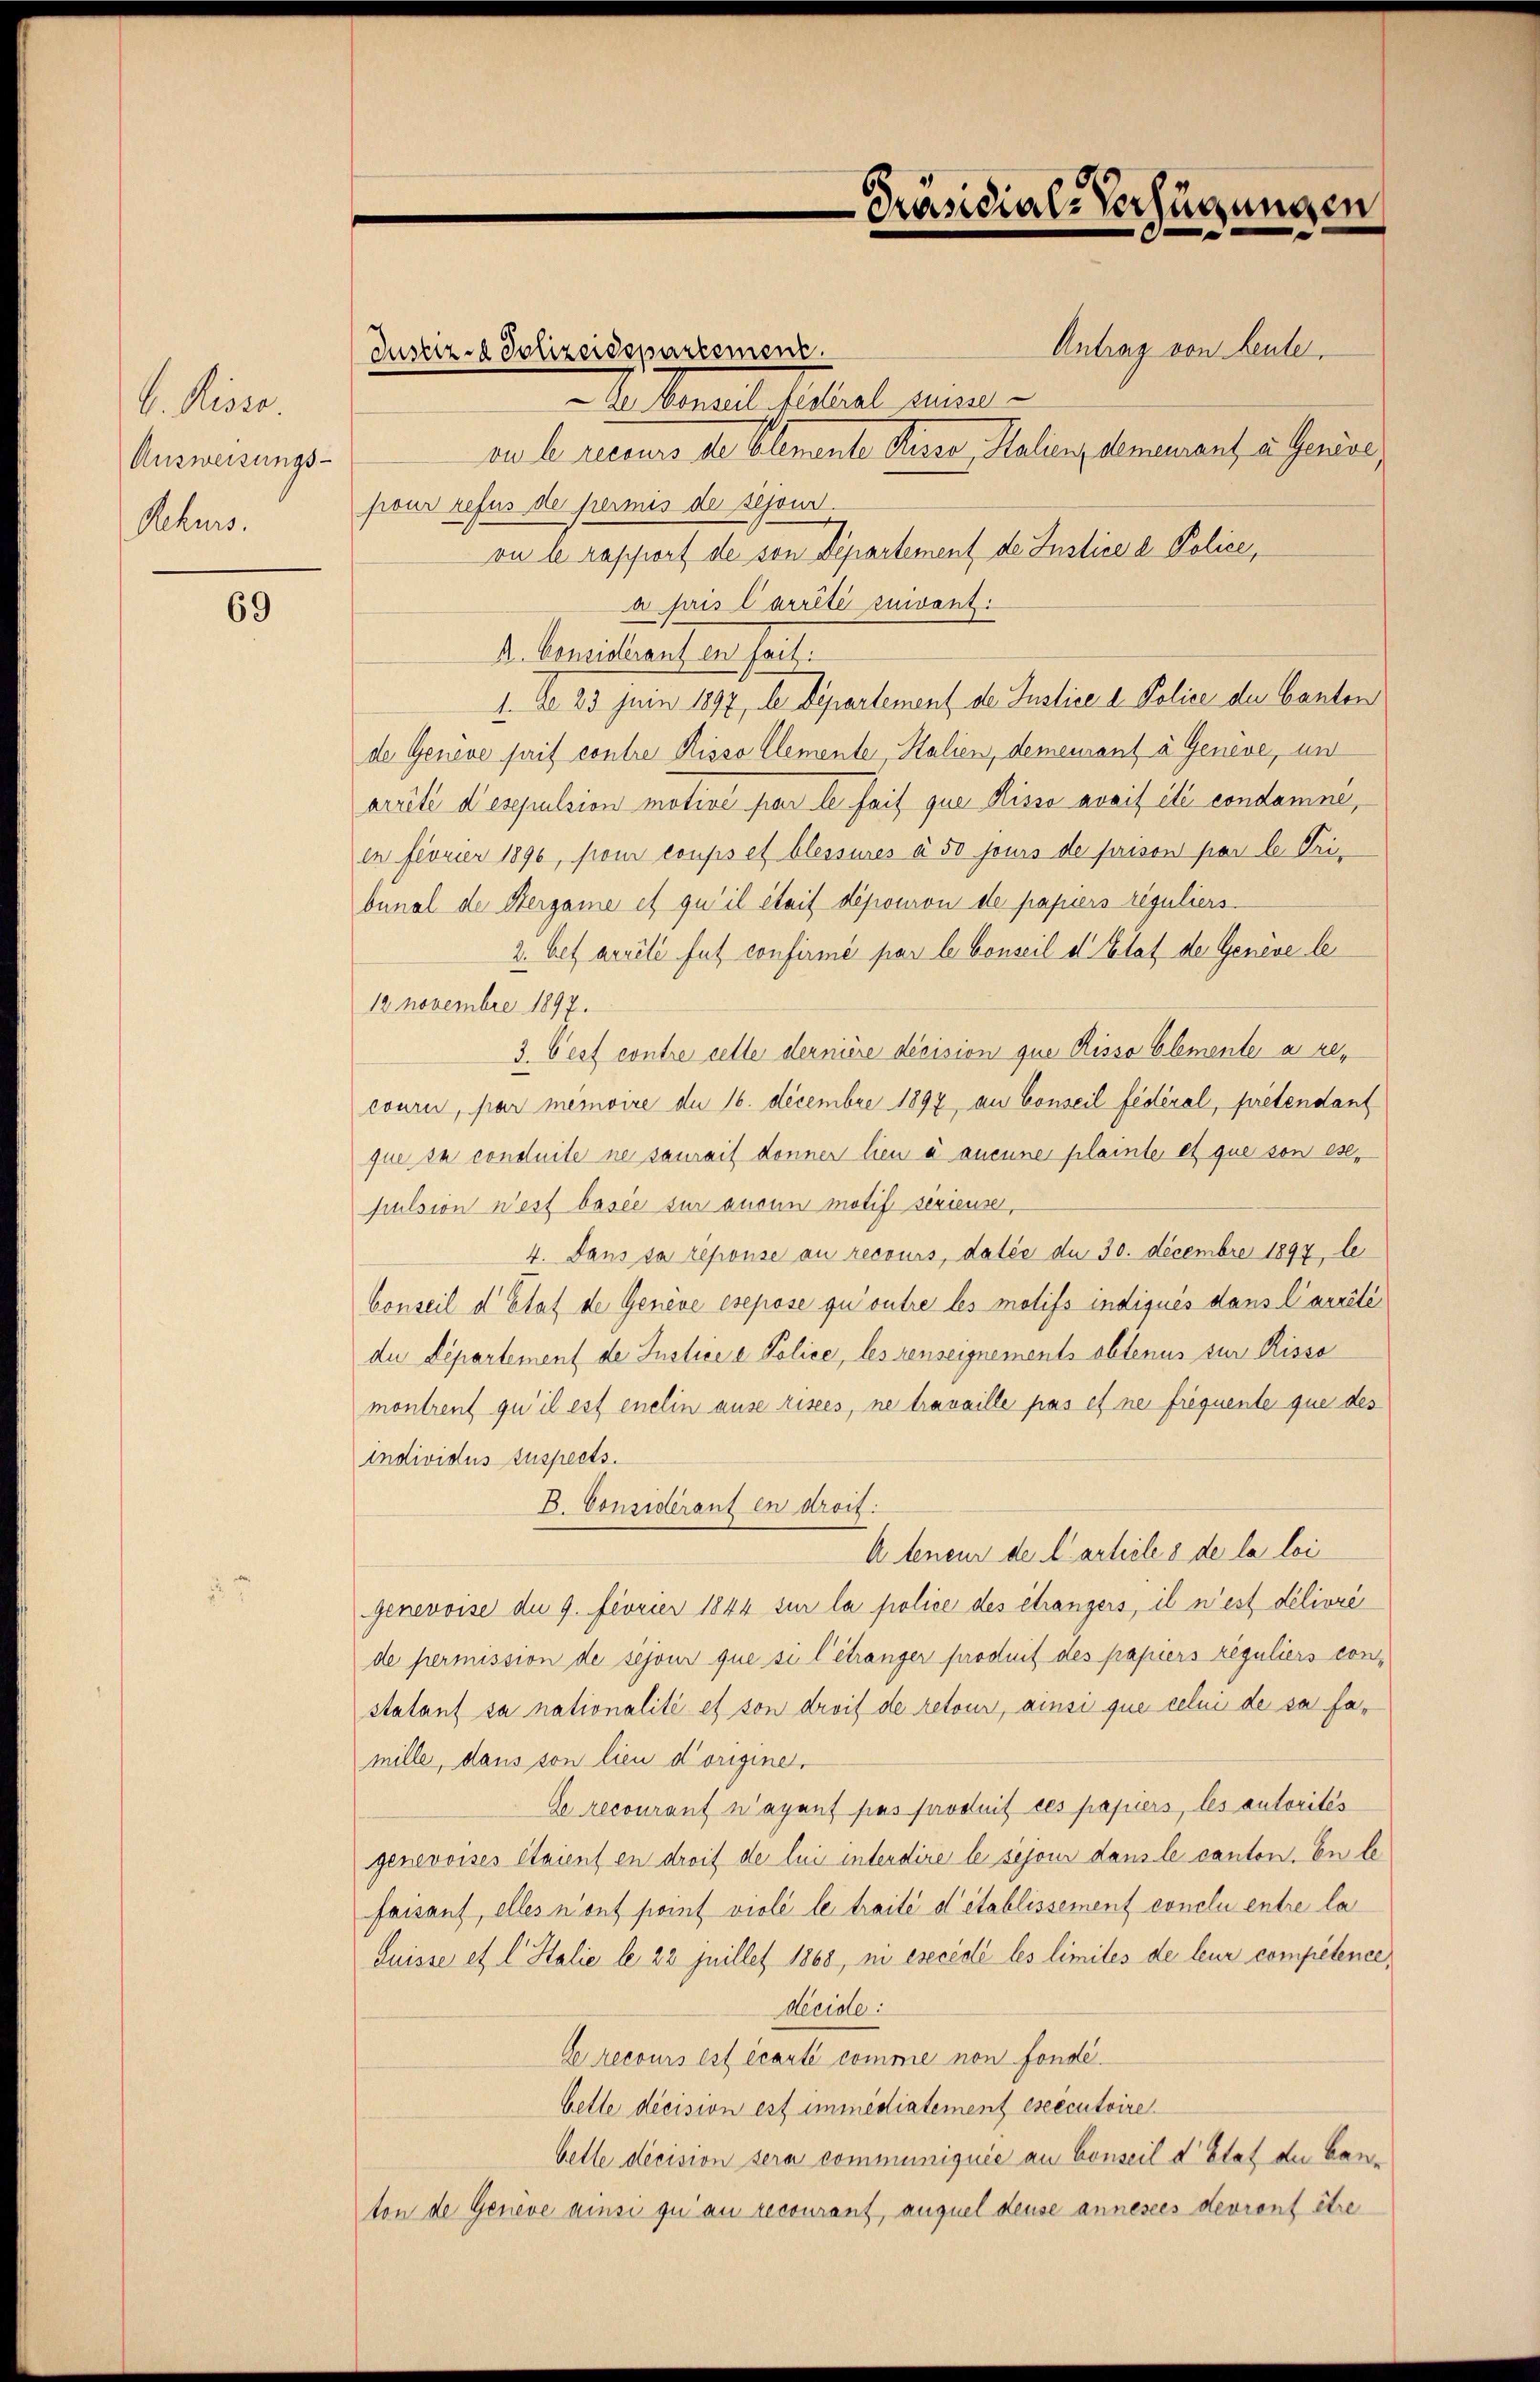
C. Kisse.
Ausweisungs-
Rekurs.

69

Präsidial-Verfügungen

Antrag von Leute,
Justiz- & Polizeidepartement.
De Conseil fédéral Suisse
ve l. aucuns de Clemente Sinne, Saling Amenant a Serie,
pour refus de permis de schont.
on le rapport de von Departement de Justice d. Police,
a pris Carrité suivant.
A. Considerauf en seit
1. d. 23 Juin 1897, le Departement der Justice a Police der Canton
de Genève fait contre Risso Clemente, Halien, demeurant à Genève, und
arrité d’espulsion motive par le fait que Risse avait été condamné,
en feorier 1890, son coups et blessures à 50 jours de prison par le Tribunal de Bergane et qu’il était déposion de papiers reguliers.
2. bet accile fut confirmé par le Conseil d. Etat der Genève le
12. Novembre 1897.
3. Oest contre celle dernière décision que Risse Elemente à recouri, par memoire du 16. Decembre 1897 an Conseil fédéral, pretendant
que sa conduite ne saurait donner lieu à aucune plainte et que von ese,
pulsion n’est basie sur ausen motif sérieuse,
4. Dans sa réponse au recours, datée de 30. Decembre 1897, le
Conseil d’Etat de Genève esepose qui ontre les motifs indiqués dans Carrêté
du Departement de Justice a Police, les denseignements obtenus zur Risso
montrent qu’il est enelin ause risees, ne travaille pas et ne frequente que des
Individus Zuspects.
B. Considérant en droit.
A teneur der Carticles de la loi
genevoise de 9. Fevrier 1844 zur la police des étrangers, il n’est délivré
de permission de sejour que si l’étranger produit des papiers reguliers constatant sa nationalité et son droit de retour, ainsi que celui de sa famille, dans von lieu d’origine.
Ce recourant n’ayant pas produit ces papiers, les autorités
genevoises étaient en droit de lui intendire le sejour dans le canton. En le
faisant, elles n’ont point violi le traité d’établissement conclu entre la
Suisse et l. Stalie le 22 Juillet 1868, ni esecédé les limites de leur compétence,
Heide:
Crecours est écarte comme non fonde
bette decision est immediatement executoire.
belle decision sera communiquée au Conseil d’Etat der Bauton de Genève ainsi zu an recourant, auquel deuse annesses devront être